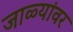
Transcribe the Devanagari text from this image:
जाळ्यांवर